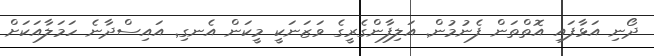
ދޯނި އަޅާފައި އޮތްތަން ފެނުމުން